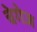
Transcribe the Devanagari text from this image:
चेगेज